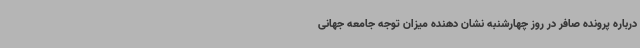
درباره پرونده صافر در روز چهارشنبه نشان دهنده میزان توجه جامعه جهانی